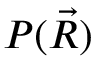
P ( { \vec { R } } )